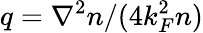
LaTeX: q=\nabla^{2}n/(4k_{F}^{2}n)